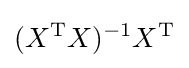
(X^{\mathrm {T} }X)^{-1}X^{\mathrm {T} }